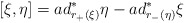
\begin{align*}[ \xi , \eta ] = ad_{r_{+}(\xi)}^{\ast} \eta -ad_{r_{-}(\eta)}^{\ast} \xi\end{align*}